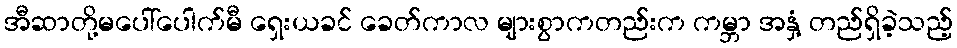
အီဆာတို့မပေါ်ပေါက်မီ ရှေးယခင် ခေတ်ကာလ များစွာကတည်းက ကမ္ဘာ အနှံ့ တည်ရှိခဲ့သည့်